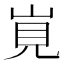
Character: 𡷹